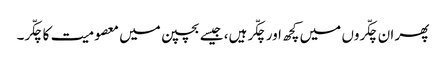
پھر ان چکّروں میں کچھ اور چکّر ہیں، جیسے بچپن میں معصومیت کا چکّر۔